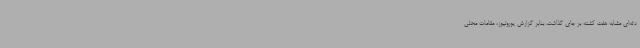
دثه‌ای مشابه هفت کشته بر جای گذاشت. بنابر گزارش یورونیوز، مقامات محلی